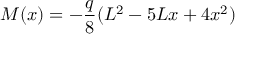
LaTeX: M ( x ) = - { \frac { q } { 8 } } ( L ^ { 2 } - 5 L x + 4 x ^ { 2 } )